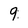
Character: 9